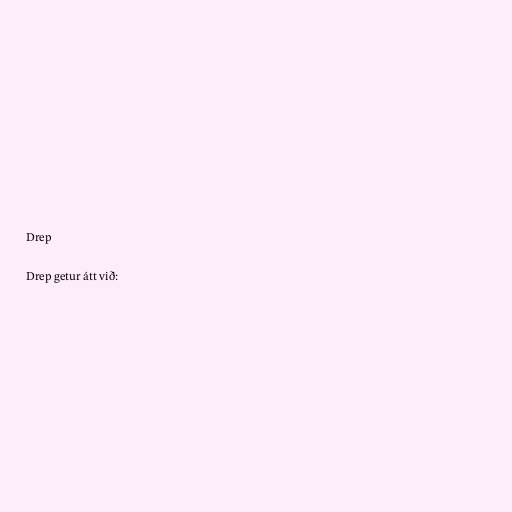
Drep

Drep getur átt við: